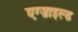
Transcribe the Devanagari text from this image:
एग्ज़ाइल्ड